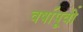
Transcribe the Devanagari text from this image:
वषा॔पूवी॔